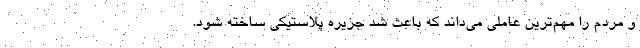
و مردم را مهم‌ترین عاملی می‌داند که باعث شد جزیره پلاستیکی ساخته شود.